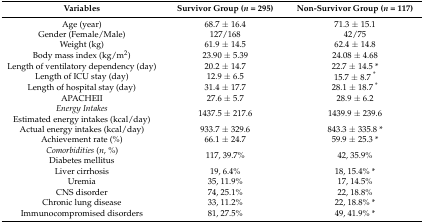
<table><thead><tr><td><b>Variables</b></td><td><b>Survivor Group(<i>n</i> = 295)</b></td><td><b>Non-Survivor Group(<i>n</i> = 117)</b></td></tr></thead><tbody><tr><td>Age (year)</td><td>68.7 ± 16.4</td><td>71.3 ± 15.1</td></tr><tr><td>Gender (Female/Male)</td><td>127/168</td><td>42/75</td></tr><tr><td>Weight (kg)</td><td>61.9 ± 14.5</td><td>62.4 ± 14.8</td></tr><tr><td>Body mass index (kg/m<sup>2</sup>)</td><td>23.90 ± 5.39</td><td>24.08 ± 4.68</td></tr><tr><td>Length of ventilatory dependency (day)</td><td>20.2 ± 14.7</td><td>22.7 ± 14.5 *</td></tr><tr><td>Length of ICU stay (day)</td><td>12.9 ± 6.5</td><td>15.7 ± 8.7 <sup>*</sup></td></tr><tr><td>Length of hospital stay (day)</td><td>31.4 ± 17.7</td><td>28.1 ± 18.7 <sup>*</sup></td></tr><tr><td>APACHEII</td><td>27.6 ± 5.7</td><td>28.9 ± 6.2</td></tr><tr><td><i>Energy Intakes</i>Estimated energy intakes (kcal/day)</td><td>1437.5 ± 217.6</td><td>1439.9 ± 239.6</td></tr><tr><td>Actual energy intakes (kcal/day)</td><td>933.7 ± 329.6</td><td>843.3 ± 335.8 *</td></tr><tr><td>Achievement rate (%)</td><td>66.1 ± 24.7</td><td>59.9 ± 25.3 *</td></tr><tr><td><i>Comorbidities</i> (<i>n</i>, %)Diabetes mellitus</td><td>117, 39.7%</td><td>42, 35.9%</td></tr><tr><td>Liver cirrhosis</td><td>19, 6.4%</td><td>18, 15.4% *</td></tr><tr><td>Uremia</td><td>35, 11.9%</td><td>17, 14.5%</td></tr><tr><td>CNS disorder</td><td>74, 25.1%</td><td>22, 18.8%</td></tr><tr><td>Chronic lung disease</td><td>33, 11.2%</td><td>22, 18.8% *</td></tr><tr><td>Immunocompromised disorders</td><td>81, 27.5%</td><td>49, 41.9% *</td></tr></tbody></table>